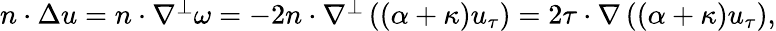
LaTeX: \begin{array}{r}{n\cdot\Delta u=n\cdot\nabla^{\perp}\omega=-2n\cdot\nabla^{\perp}\left((\alpha+\kappa)u_{\tau}\right)=2\tau\cdot\nabla\left((\alpha+\kappa)u_{\tau}\right),}\end{array}